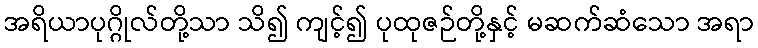
အရိယာပုဂ္ဂိုလ်တို့သာ သိ၍ ကျင့်၍ ပုထုဇဉ်တို့နှင့် မဆက်ဆံသော အရာ